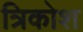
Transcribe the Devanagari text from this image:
त्रिकोश